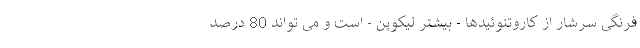
فرنگی سرشار از کاروتنوئیدها - بیشتر لیکوپن - است و می تواند 80 درصد